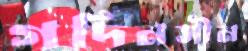
গদিনসীন